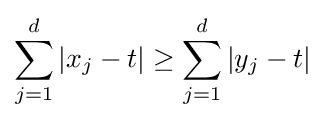
\sum _{j=1}^{d}|x_{j}-t|\geq \sum _{j=1}^{d}|y_{j}-t|